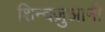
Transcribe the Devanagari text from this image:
शिन्दज़ुआनी